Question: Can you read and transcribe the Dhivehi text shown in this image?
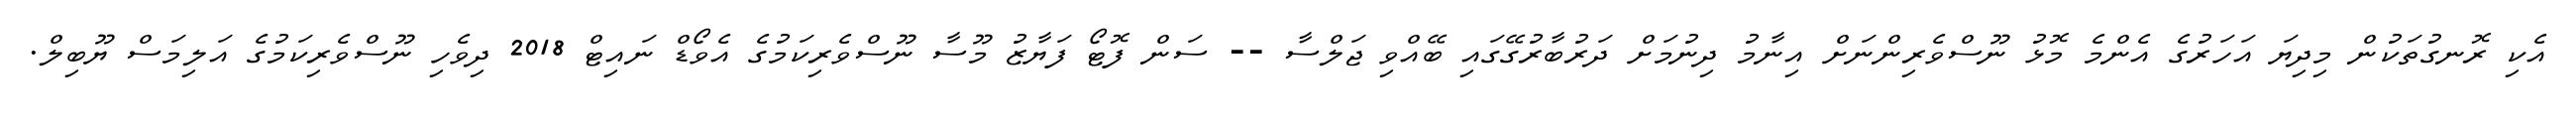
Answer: އެކި ރޮނގުތަކުން މިދިޔަ އަހަރުގެ އެންމެ މޮޅު ނޫސްވެރިންނަށް އިނާމު ދިނުމަށް ދަރުބާރުގޭގައި ބޭއްވި ޖަލްސާ -- ސަން ފޮޓޯ ފަޔާޒު މޫސާ ނޫސްވެރިކަމުގެ އެވޯޑް ނައިޓް 2018 ދިވެހި ނޫސްވެރިކަމުގެ އަލިމަސް ޔޫބިލް.